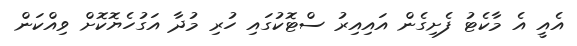
އެއީ އެ މާކެޓު ފެށިގެން އައިއިރު ސްޓޮކުގައި ހުރި މުދާ އަގުހެޔޮކޮށް ވިއްކަން